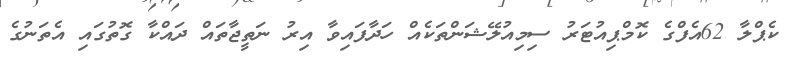
ކެޕްލާ 62އެފްގެ ކޮމްޕިއުޓަރު ސިމިއުލޭޝަންތަކެއް ހަދާފައިވާ އިރު ނަތީޖާތައް ދައްކާ ގޮތުގައި އެތަނުގެ